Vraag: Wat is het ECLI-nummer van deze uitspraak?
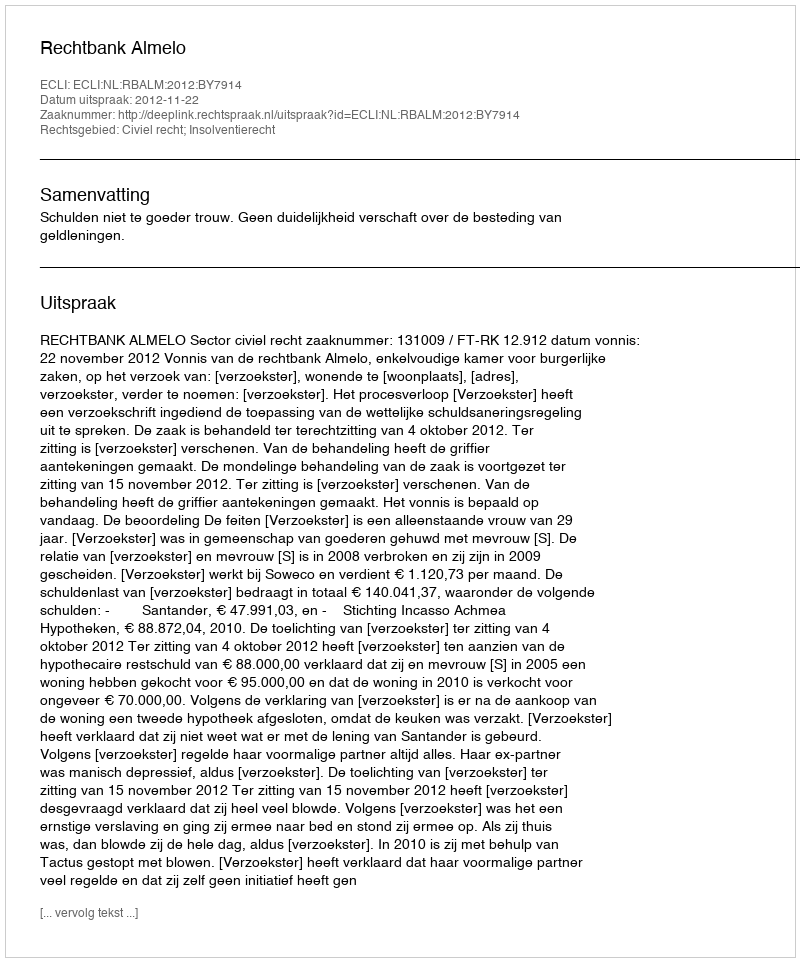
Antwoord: ECLI:NL:RBALM:2012:BY7914